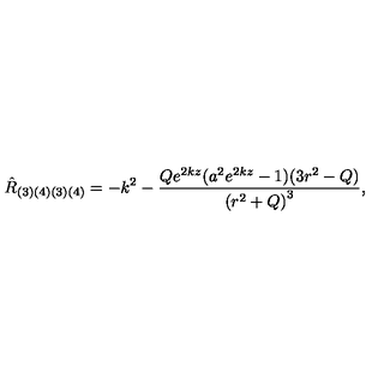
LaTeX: { \hat { R } } _ { ( 3 ) ( 4 ) ( 3 ) ( 4 ) } = - k ^ { 2 } - \frac { Q e ^ { 2 k z } ( a ^ { 2 } e ^ { 2 k z } - 1 ) ( 3 r ^ { 2 } - Q ) } { { ( r ^ { 2 } + Q ) } ^ { 3 } } ,